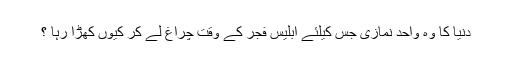
دنیا کا وہ واحد نمازی جس کیلئے ابلیس فجر کے وقت چراغ لے کر کیوں کھڑا رہا ؟